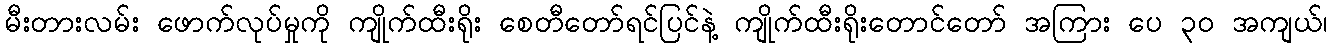
မီးတားလမ်း ဖောက်လုပ်မှုကို ကျိုက်ထီးရိုး စေတီတော်ရင်ပြင်နဲ့ ကျိုက်ထီးရိုးတောင်တော် အကြား ပေ ၃၀ အကျယ်၊